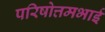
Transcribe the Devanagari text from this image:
परिषोत्तमभाई